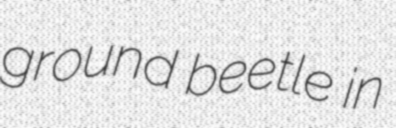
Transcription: ground beetle in